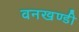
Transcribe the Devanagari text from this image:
वनखण्डी